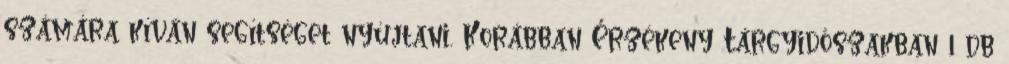
számára kíván segítséget nyújtani. Korábban Érzékeny Tárgyidőszakban 1 db